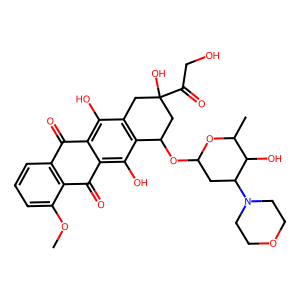
SMILES: COc1cccc2c1C(=O)c1c(O)c3c(c(O)c1C2=O)CC(O)(C(=O)CO)CC3OC1CC(N2CCOCC2)C(O)C(C)O1
Inhibits HIV replication: No